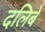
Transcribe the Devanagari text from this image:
दलिबे